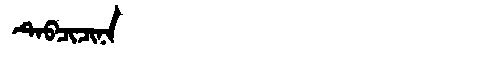
Manchu: ᡨᡝᠪᠴᡳᠴᡳᠨᠠ
Romanization: TEBCICINA